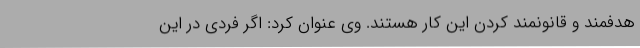
هدفمند و قانونمند کردن این کار هستند. وی عنوان کرد: اگر فردی در این